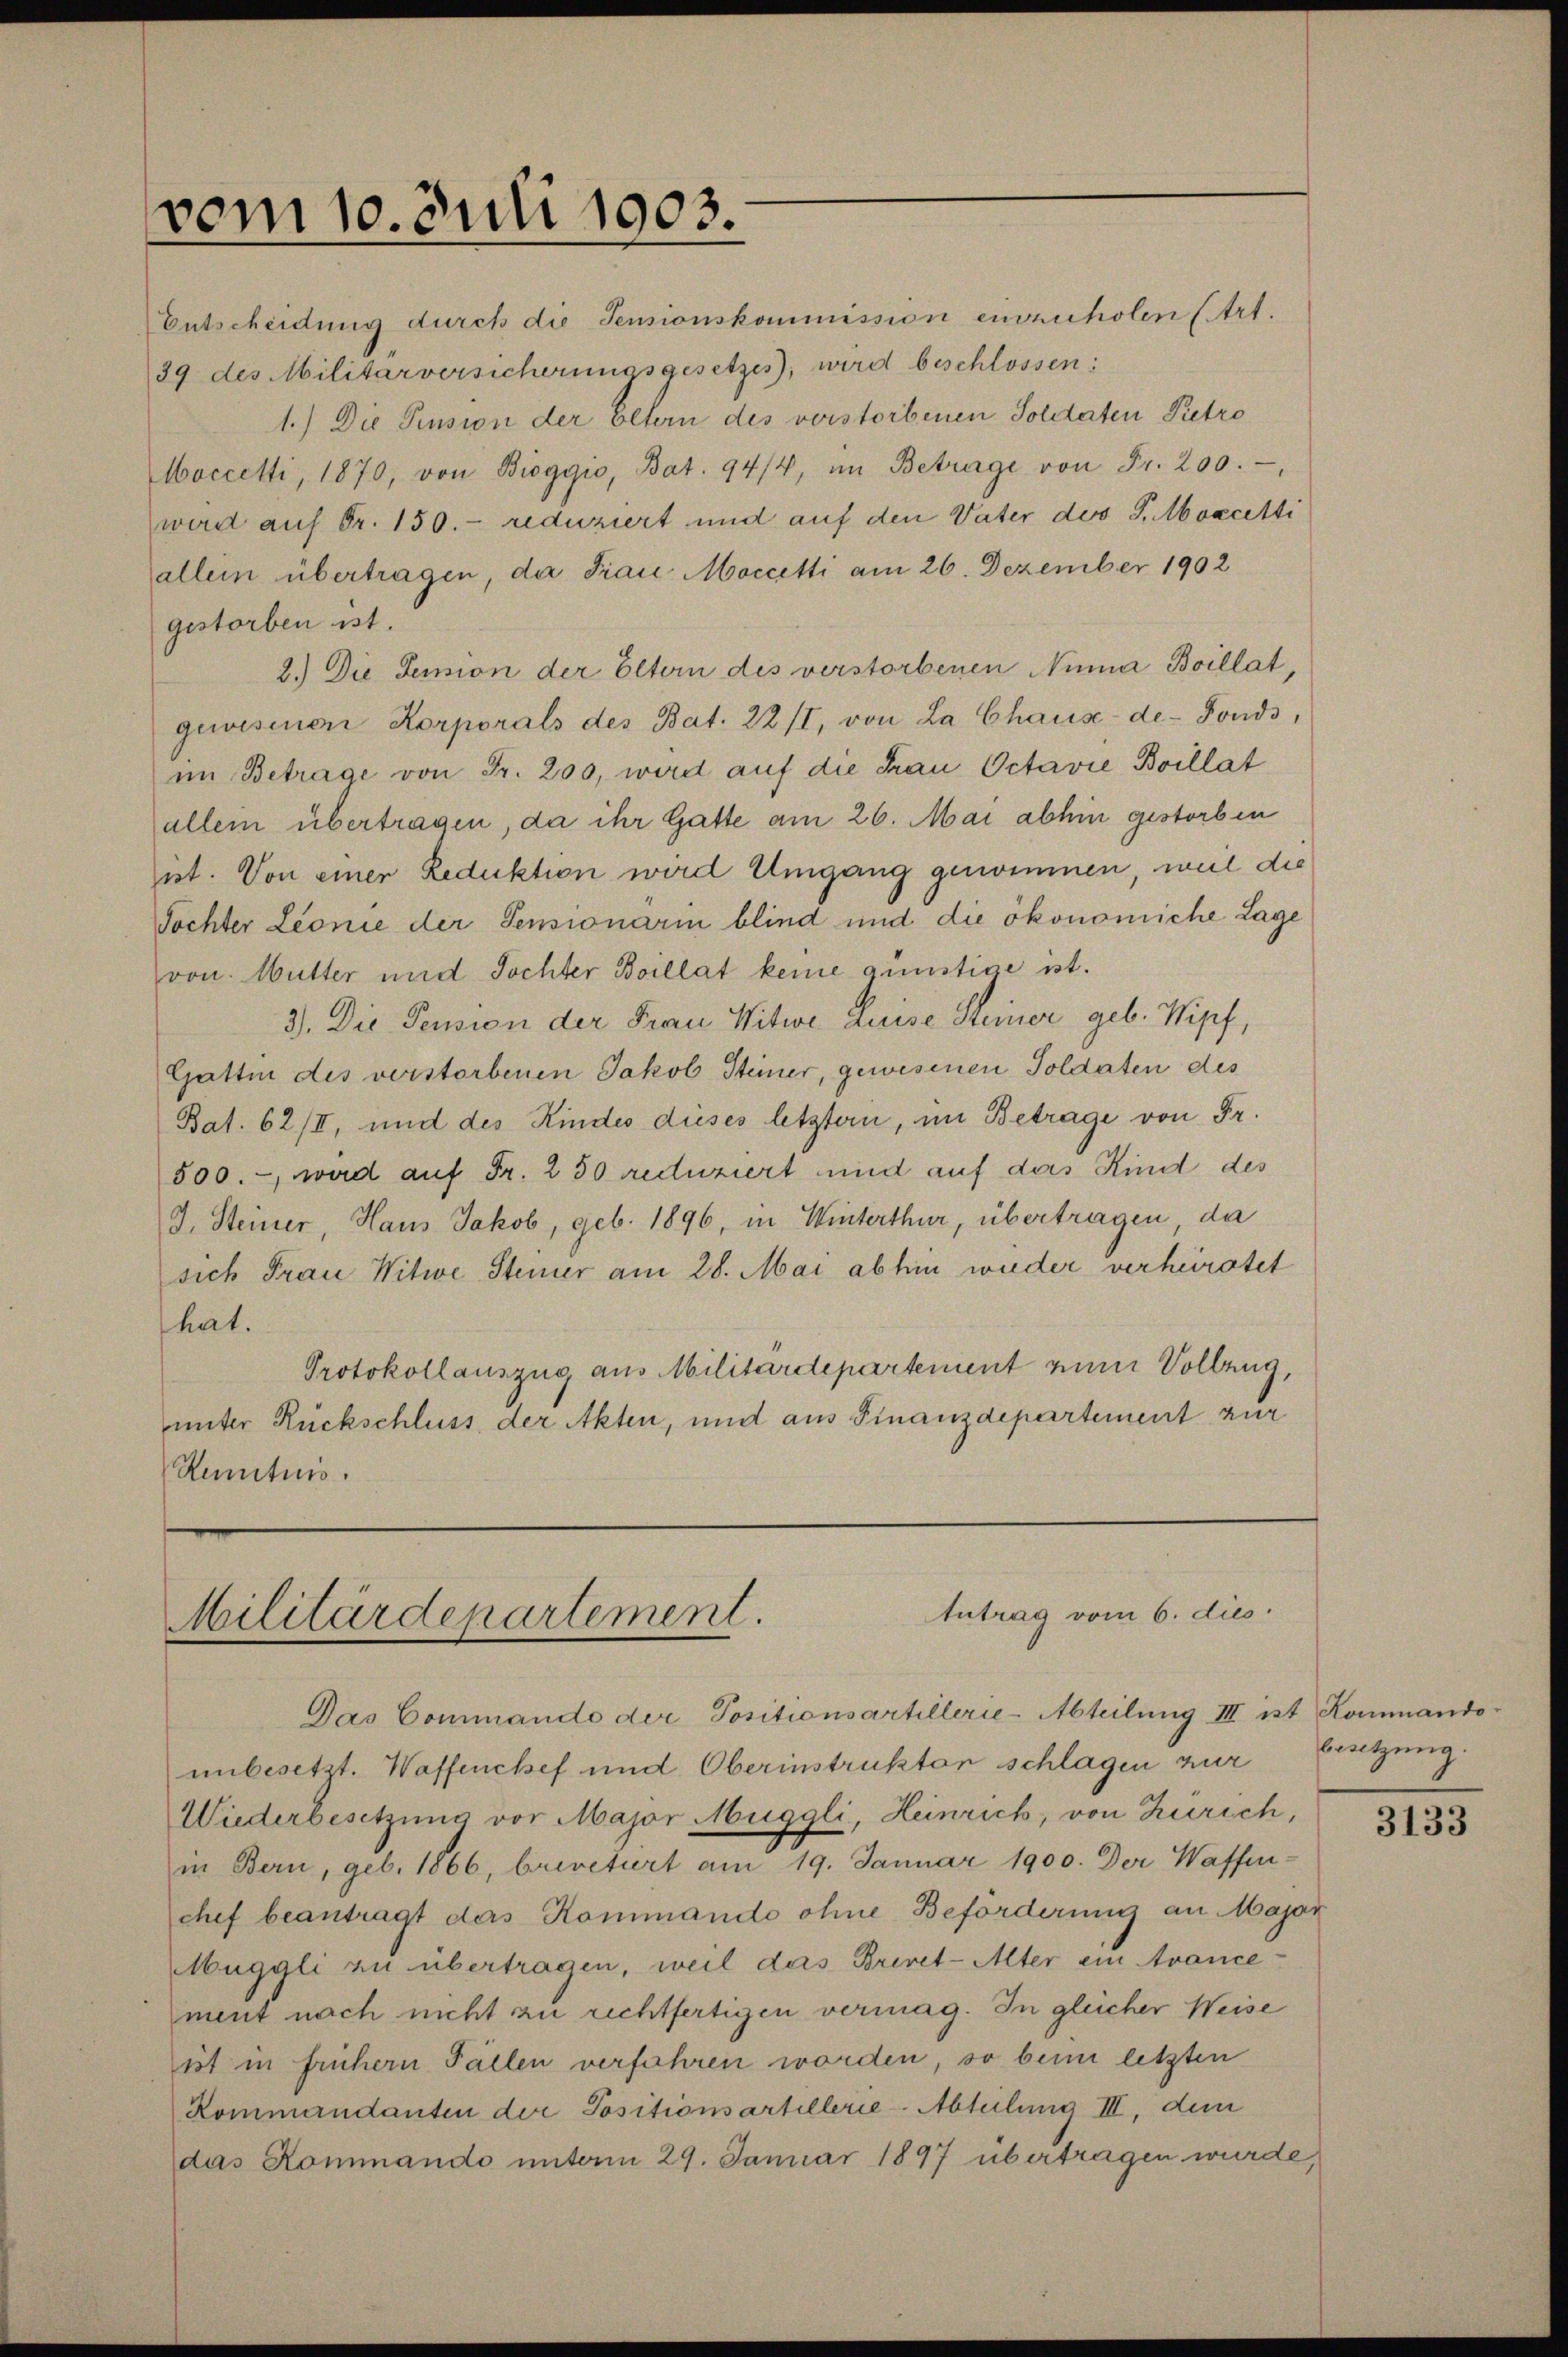
vom 10. Juli 1903.

Entscheidung durch die Pensionskommission envzuholen (Art.
39 des Militärversicherungsgesetzes, wird beschlossen;
1.) Die Pension der Eltern des verstorbenen Soldaten Petro
Moccetti, 1870, von Bioggio, Bat. 94/4, im Betrage von Fr. 200.
wird auf Fr. 150.- reduziert und auf den Vater der G. Moccitti
allein übertragen, da Frau Moccitti am 26. Dezember 1902
gestorben ist.
2.) Die Senion der Eltern des verstorbenen Nina Boillat,
gewesenen Korporals des Bat. 22 /I, von La Chaus-de-Fonds,
im Betrage von Fr. 200, wird auf die Frau Octavie Boillat
allein übertragen, da ihr Gatte am 26. Mai abhin gestorben
ist. Von einer Reduktion wird Umgang gewimmen, weil die
Tochter Leonie der Pensionarin blind und die ökonomiche Lage
von Mutter und Tochter Boillat keine günstige ist.
3). Die Pension der Frau Witwe Luise Steiner geb. Wipf,
Gattin des verstorbenen Jakob Steiner, gewesenen Soldaten des
Bat. 62/II, und des Kindes dieses letztern, im Betrage von Fr.
500. wird auf Fr. 250 reduziert und auf das Kind des
J. Steiner, Haus Jakob, geb. 1896, in Winterthur, übertragen, da
sich Frau Witwe Steiner am 28. Mai abhin wieder verheiratet
hat.
Protokollauszug aus Militärdepartement zum Vollzug,
unter Rückschluss, der Akten, und aus Finanzdepartement zur
Kentnis.

Antrag vom 6. dies
Militärdepartement.

Das Commando der Positionsartillerie-Abteilung III ist Kommando-
unbesetzt. Waffenchef und Oberinstrukten schlagen zur
Wiederbesetzung vor Major Muggli, Heinrich, von Zürich,
in Bern, geb. 1866, brevetiert am 19. Januar 1900. Der Waffen-
chef beantragt das Kommando ohne Beforderung an Majar
MMuggli zu übertragen, weil das Brinet-Alter ein Avance-
ment nach nicht zu rechtfertigen vermag. In gleicher Weise
ist in frühern Fällen verfahren worden, so beim letzten
Kommandanten der Positionsartillerie-Abteilung III, dem
das Kommando unterm 29. Januar 1897 übertragen wurde,

besetzung.

3133